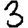
Digit: 3